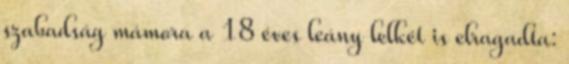
szabadság mámora a 18 éves leány lelkét is elragadta: